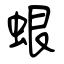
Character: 蛝